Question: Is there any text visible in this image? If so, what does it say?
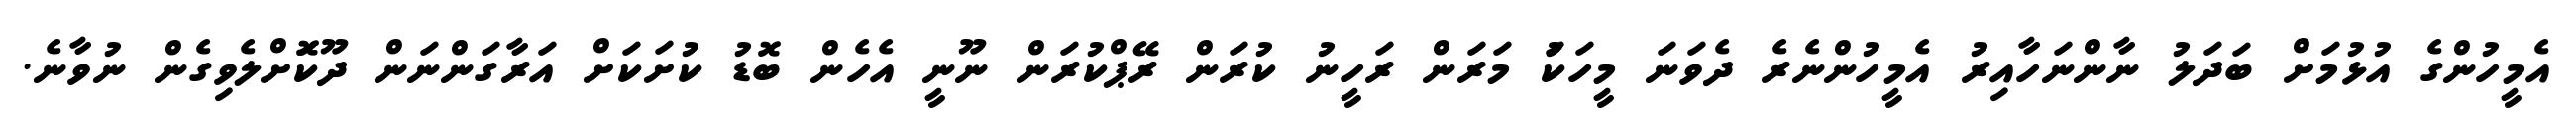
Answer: އެމީހުންގެ އުޅުމަށް ބަދަލު ނާންނަހާއިރު އެމީހުންނެރެ ދެވަނަ މީހަކަު މަރަން ރަހީނު ކުރަން ރޭޕްކުރަން ނޫނީ އެހެން ބޮޑު ކުށަކަށް އަރާގަންނަން ދޫކޮަށްލެވިގެން ނުވާނެ.